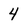
Character: 4